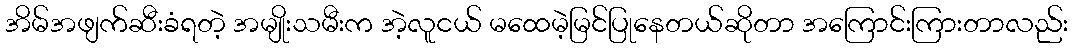
အိမ်အဖျက်ဆီးခံရတဲ့ အမျိုးသမီးက အဲ့လူငယ် မထေမဲ့မြင်ပြုနေတယ်ဆိုတာ အကြောင်းကြားတာလည်း